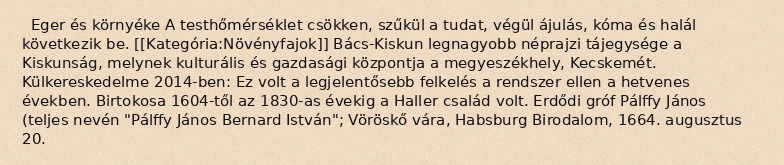
Eger és környéke A testhőmérséklet csökken, szűkül a tudat, végül ájulás, kóma és halál következik be. [[Kategória:Növényfajok]] Bács-Kiskun legnagyobb néprajzi tájegysége a Kiskunság, melynek kulturális és gazdasági központja a megyeszékhely, Kecskemét. Külkereskedelme 2014-ben: Ez volt a legjelentősebb felkelés a rendszer ellen a hetvenes években. Birtokosa 1604-től az 1830-as évekig a Haller család volt. Erdődi gróf Pálffy János (teljes nevén "Pálffy János Bernard István"; Vöröskő vára, Habsburg Birodalom, 1664. augusztus 20.